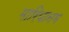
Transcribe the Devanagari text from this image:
मारियानम